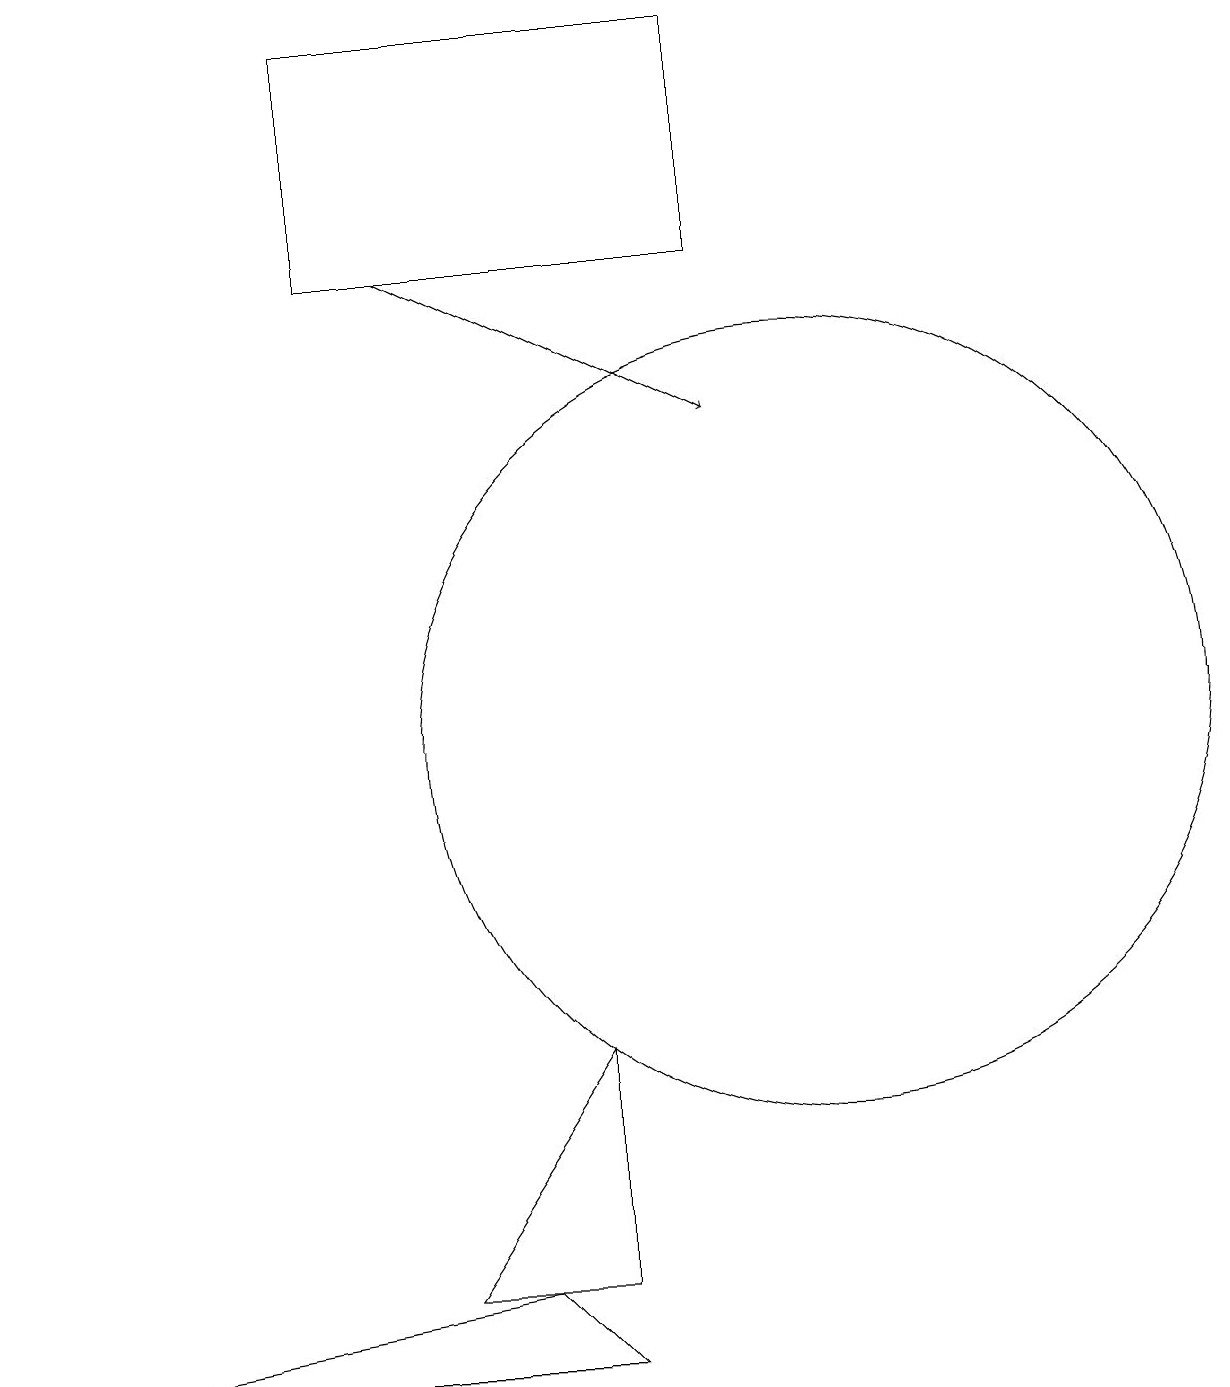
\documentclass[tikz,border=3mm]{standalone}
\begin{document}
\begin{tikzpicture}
\draw (7,6) -- (5,3) -- (7,3) -- cycle;
\draw[->] (5,16) -- (9,14);
\draw (9,16) rectangle (4,19);
\draw (10,10) circle (5);
\draw (6,3) -- (0,2) -- (7,2) -- cycle;
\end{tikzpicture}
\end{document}